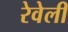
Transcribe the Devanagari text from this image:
रेवेली